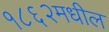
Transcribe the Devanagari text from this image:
१८६२मधील